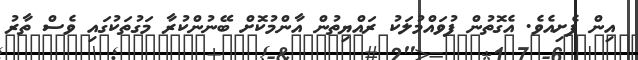
އިން ފެށިއެވެ. އެގޮތުން ފުވައްމުލަކު ރައްޔިތުން އާންމުކޮށް ބޭނުންކުރާ މަގުތަކުގައި ވެސް ތާރު